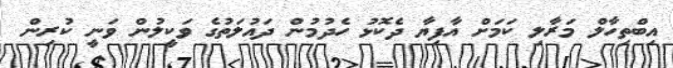
އިބްތިހާލް މަރާލި ކަމަށް އާފިޔާ ދެކޮޅު ހެދުމުން ދައުލަތުގެ ވަކީލުން ވަނީ ކުރިން